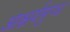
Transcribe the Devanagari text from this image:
आश्चर्यमुग्ध